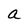
Character: a